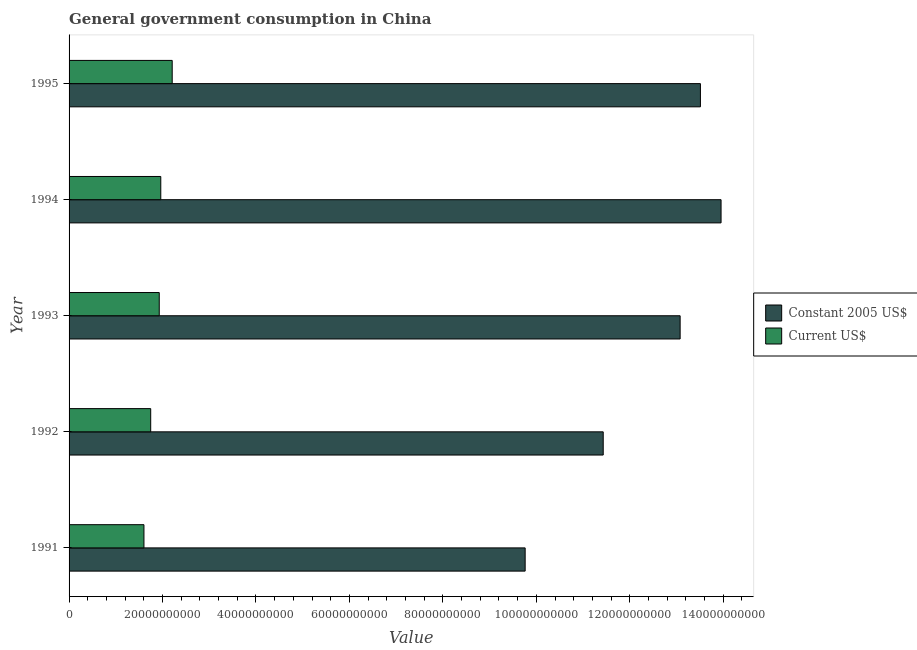
| Year | Constant 2005 US$ | Current US$ |
 | --- | --- | --- |
 | 1991 | 9.76e+10 | 1.6e+10 |
 | 1992 | 1.14e+11 | 1.75e+10 |
 | 1993 | 1.31e+11 | 1.93e+10 |
 | 1994 | 1.4e+11 | 1.96e+10 |
 | 1995 | 1.35e+11 | 2.21e+10 |